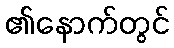
၏နောက်တွင်